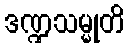
ဒဏ္ဍသမ္မုတိ